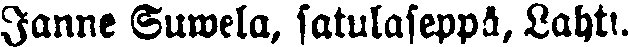
Janne Suwela, satulaseppä. Lahti.